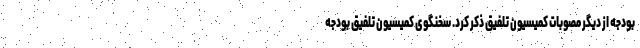
بودجه از دیگر مصوبات کمیسیون تلفیق ذکر کرد. سخنگوی کمیسیون تلفیق بودجه